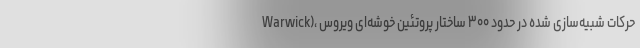
Warwick)، حرکات شبیه‌سازی شده در حدود ۳۰۰ ساختار پروتئین خوشه‌ای ویروس